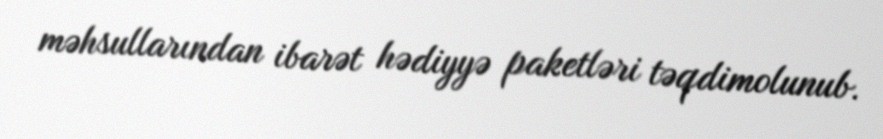
məhsullarından ibarət hədiyyə paketləri təqdimolunub.